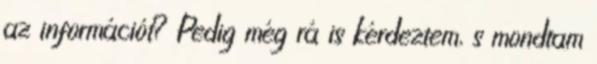
az információt? Pedig még rá is kérdeztem, s mondtam